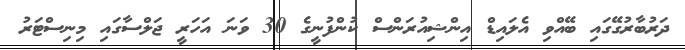
ދަރުބާރުގޭގައި ބޭއްވި އެލައިޑް އިންޝިއުރަންސް ކުންފުނީގެ 30 ވަނަ އަހަރީ ޖަލްސާގައި މިނިސްޓަރު